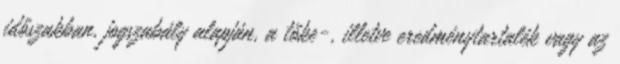
időszakban, jogszabály alapján, a tőke-, illetve eredménytartalék vagy az